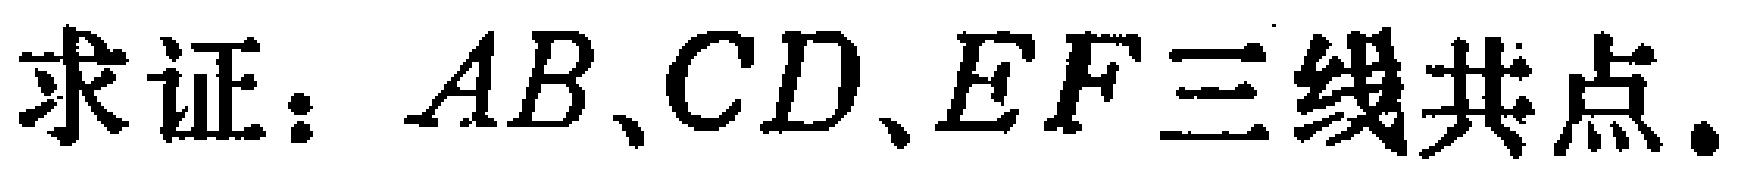
求证：\(AB、CD、EF\)三线共点.